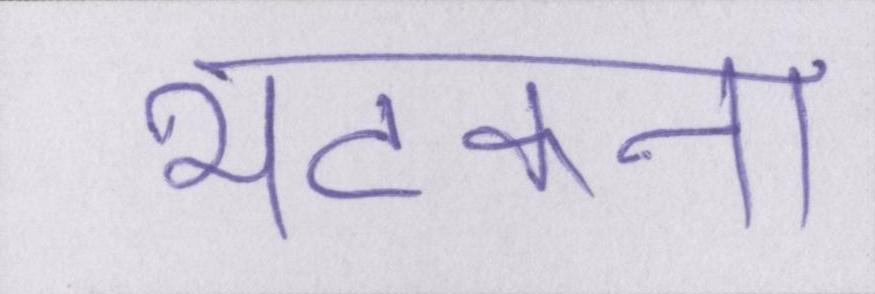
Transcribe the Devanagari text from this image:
भटकना